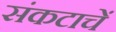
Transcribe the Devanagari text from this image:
संकटाचें